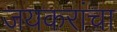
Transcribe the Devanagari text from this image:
जयकरांचा